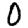
Digit: 0